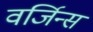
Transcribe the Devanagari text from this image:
वर्जिन्स